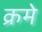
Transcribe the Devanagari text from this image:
क्रमे